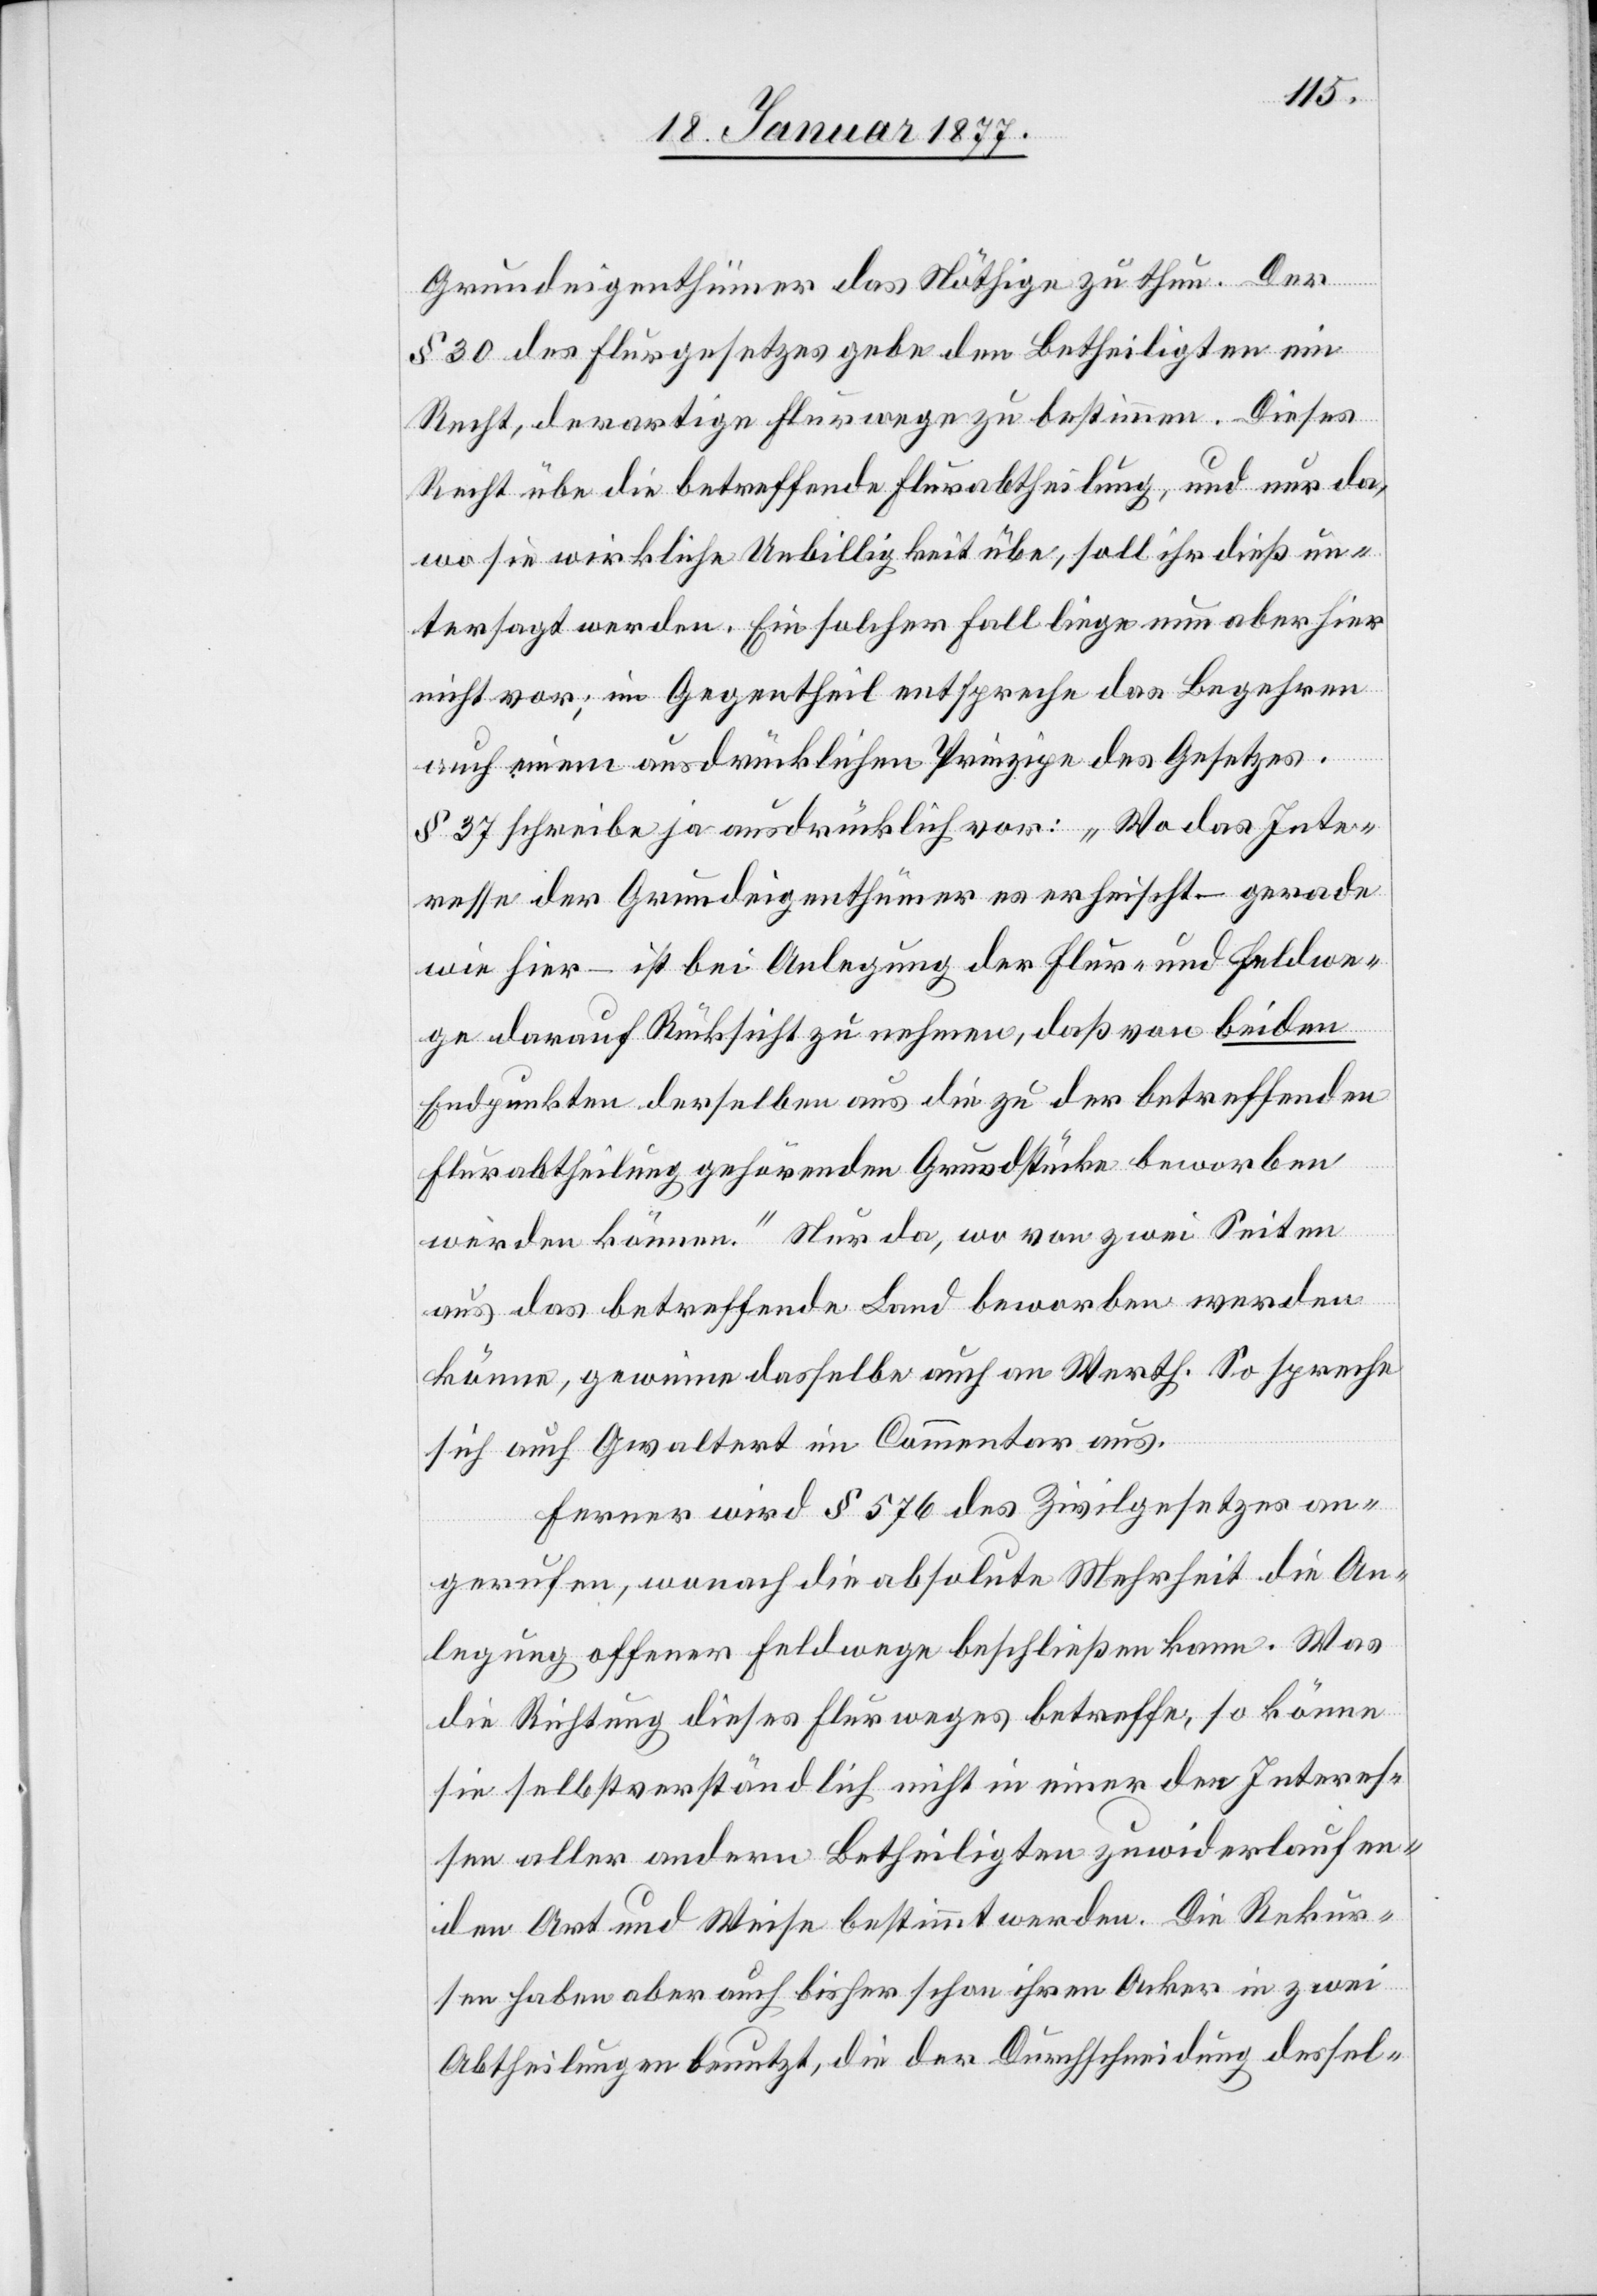
Grundeigenthümer das Nöthige zu thun. Der
§ 30 des Flurgesetzes gebe den Betheiligten ein
Recht, derartige Flurwege zu bestimmen. Dieses
Recht übe die betreffende Flurabtheilung, und nur da,
wo sie wirkliche Unbilligkeit übe, soll ihr dieß un¬
tersagt werden. Ein solcher Fall liege nun aber hier
nicht vor; im Gegentheil entspreche das Begehren
auch einem ausdrücklichen Prinzipe des Gesetzes.
§ 37 schreibe ja ausdrücklich vor: „Wo das Inte¬
resse der Grundeigenthümer es erheischt – gerade
wie hier – ist bei Anlegung der Flur- und Feldwe¬
ge darauf Rücksicht zu nehmen, daß von beiden
Endpunkten derselben aus die zu der betreffenden
Flurabtheilung gehörenden Grundstücke beworben
werden können.“ Nur da, wo von zwei Seiten
aus das betreffende Land beworben werden
könne, gewinne dasselbe auch an Werth. So spreche
sich auch Gwaltert im Commentar aus.
Ferner wird § 576 des Zivilgesetzes an¬
gerufen, wonach die absolute Mehrheit die An¬
legung offener Feldwege beschließen kann. Was
die Richtung dieses Flurweges betreffe, so könne
sie selbstverständlich nicht in einer den Interes¬
sen aller andern Betheiligten zuwiderlaufen¬
den Art und Weise bestimmt werden. Die Rekur¬
sen haben aber auch bisher schon ihren Acker in zwei
Abtheilungen benutzt, die der Durchschneidung dessel-